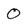
Character: 0